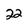
Character: 2